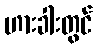
ဟားခါးတွင်